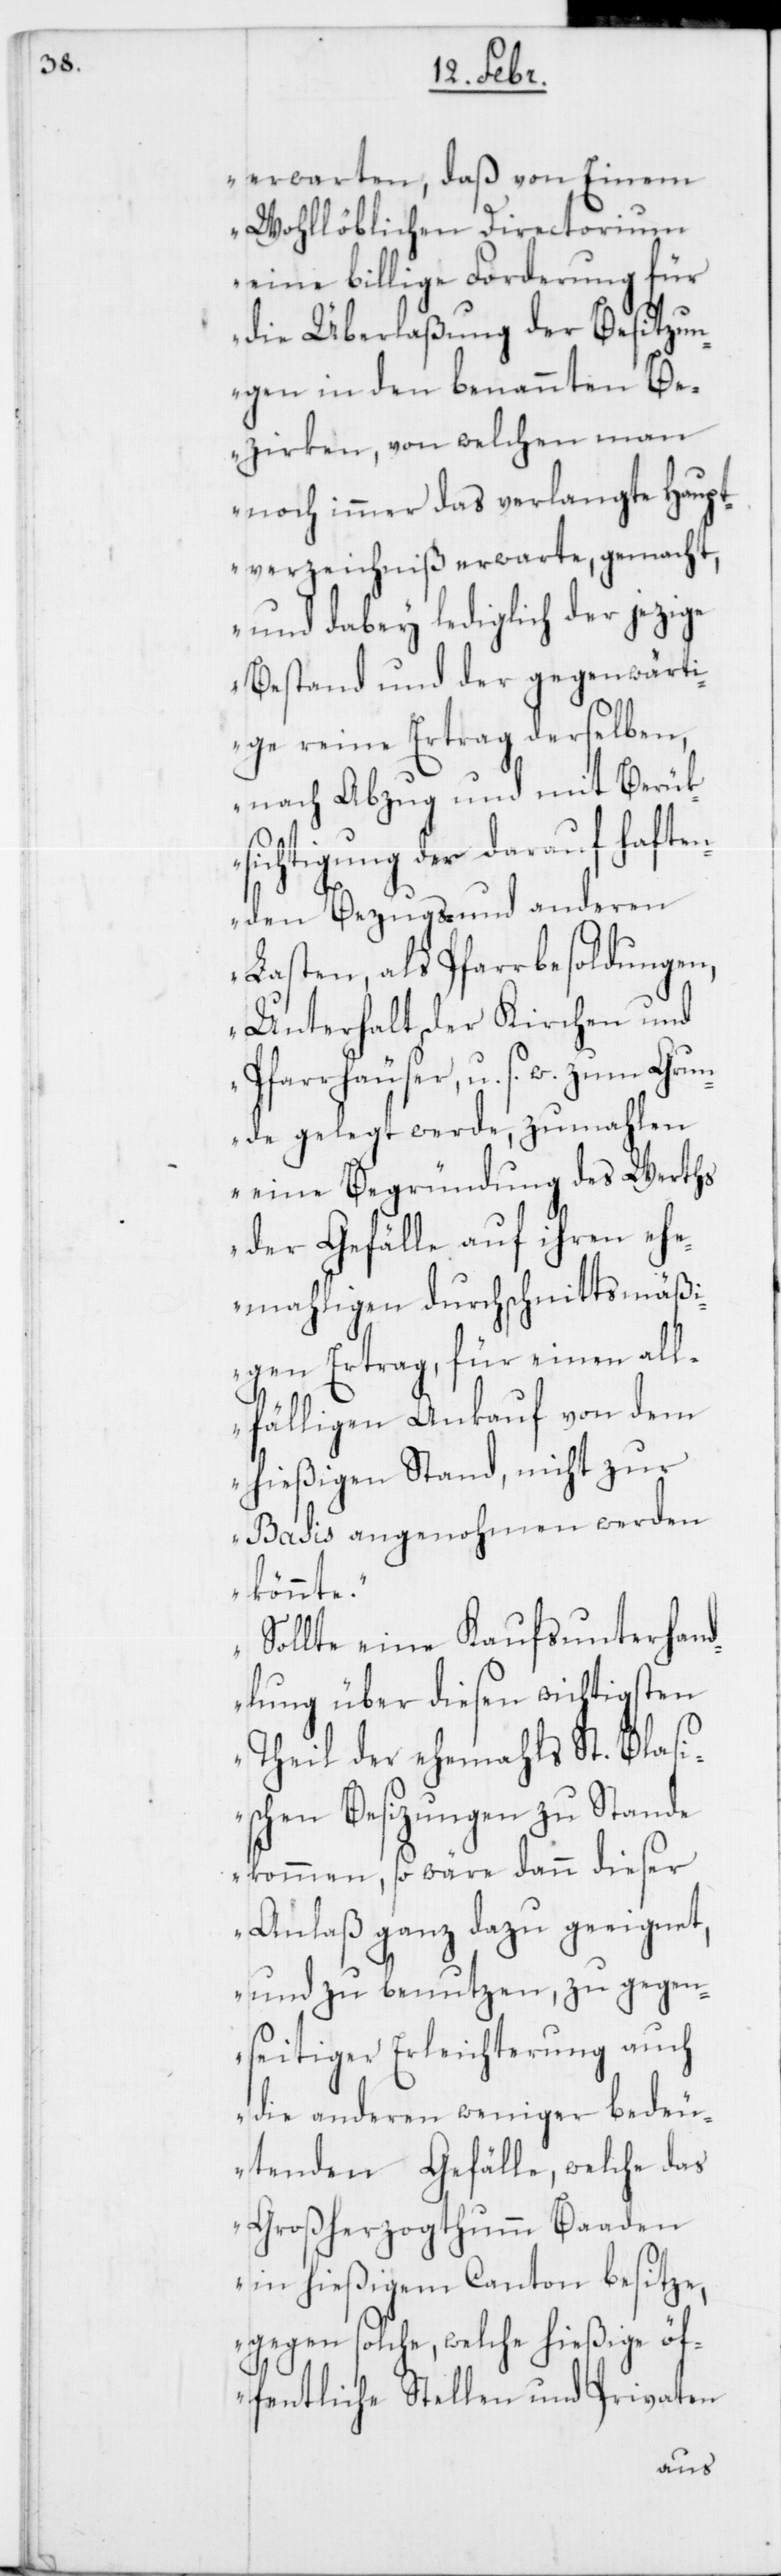
erwarten, daß von Einem
Wohllöblichen Directorium
eine billige Forderung für
die Überlaßung der Besitzun¬
gen in den benannten Be¬
zirken, von welchen man
noch immer das verlangte Haupt¬
verzeichniß erwarte, gemacht,
und dabey lediglich der jezige
Bestand und der gegenwärti¬
ge reine Ertrag derselben,
nach Abzug und mit Berük¬
sichtigung der darauf haften¬
den Bezugs- und anderen
Lasten, als Pfarrbesoldungen,
Unterhalt der Kirchen und
Pfarrhäuser u. s. w. zum Grun¬
de gelegt werde, zumahlen
eine Begründung des Werths
der Gefälle auf ihren ehe¬
mahligen durchschnittsmäßi¬
gen Ertrag, für einen all¬
fälligen Ankauf von dem
hießigen Stand, nicht zur
Basis angenohmen werden
könnte.
Sollte eine Kaufsunterhand¬
lung über diesen wichtigsten
Theil der ehemahls St. Blas¬
ischen Besitzungen zu Stande
kommen, so wäre dann dieser
Anlaß ganz dazu geeignet,
und zu benutzen, zu gegen¬
seitiger Erleichterung auch
die anderen weniger bedeu¬
tenden Gefälle, welche das
Großherzogthum Baaden
in hießigem Canton besitze,
gegen solche, welche hießige öf¬
fentliche Stellen und Privaten